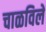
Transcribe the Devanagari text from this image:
चाळविलें